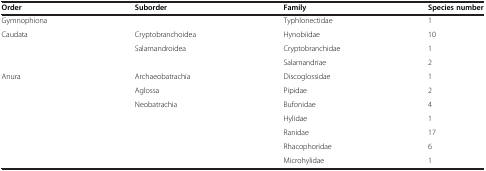
<table><thead><tr><td><b>Order</b></td><td><b>Suborder</b></td><td><b>Family</b></td><td><b>Species number</b></td></tr></thead><tbody><tr><td>Gymnophiona</td><td> </td><td>Typhlonectidae</td><td>1</td></tr><tr><td>Caudata</td><td>Cryptobranchoidea</td><td>Hynobiidae</td><td>10</td></tr><tr><td> </td><td>Salamandroidea</td><td>Cryptobranchidae</td><td>1</td></tr><tr><td> </td><td> </td><td>Salamandriae</td><td>2</td></tr><tr><td>Anura</td><td>Archaeobatrachia</td><td>Discoglossidae</td><td>1</td></tr><tr><td> </td><td>Aglossa</td><td>Pipidae</td><td>2</td></tr><tr><td> </td><td>Neobatrachia</td><td>Bufonidae</td><td>4</td></tr><tr><td> </td><td> </td><td>Hylidae</td><td>1</td></tr><tr><td> </td><td> </td><td>Ranidae</td><td>17</td></tr><tr><td> </td><td> </td><td>Rhacophoridae</td><td>6</td></tr><tr><td> </td><td> </td><td>Microhylidae</td><td>1</td></tr></tbody></table>